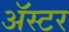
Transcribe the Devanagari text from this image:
ॲस्टर